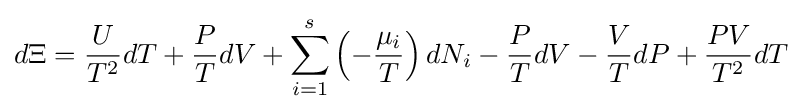
d\Xi ={\frac {U}{T^{2}}}dT+{\frac {P}{T}}dV+\sum _{i=1}^{s}\left(-{\frac {\mu _{i}}{T}}\right)dN_{i}-{\frac {P}{T}}dV-{\frac {V}{T}}dP+{\frac {PV}{T^{2}}}dT